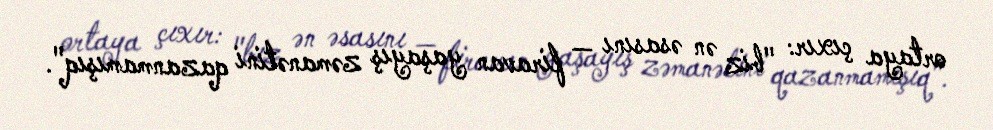
ortaya çıxır: "biz ən əsasını — firavan yaşayış zəmanətini qazanmamışıq".